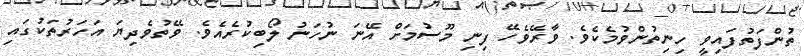
ތުންފަތުފައިވީ ހިނިތުންވުމެކެވެ. ވާރޭވެހޭ ފިނި މޫސުމަށް އޭނަ ނުހަނު ލޯބިކުރެއެވެ. ވޭތުވެދިޔަ އަހަރުތަކުގައި